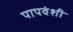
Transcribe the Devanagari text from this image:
पापवंशी